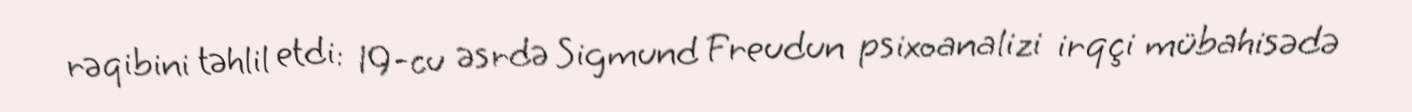
rəqibini təhlil etdi: 19-cu əsrdə Sigmund Freudun psixoanalizi irqçi mübahisədə